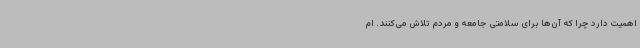
اهمیت دارد چرا که آن‌ها برای سلامتی جامعه و مردم تلاش می‌کنند. ام